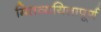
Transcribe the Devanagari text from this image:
मितव्ययितापूर्ण